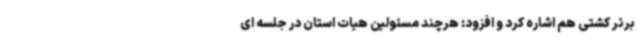
برتر کشتی هم اشاره کرد و افزود: هرچند مسئولین هیات استان در جلسه ای